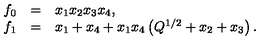
\begin{array} { l l l } { f _ { 0 } } & { = } & { x _ { 1 } x _ { 2 } x _ { 3 } x _ { 4 } , } \\ { f _ { 1 } } & { = } & { x _ { 1 } + x _ { 4 } + x _ { 1 } x _ { 4 } \left( Q ^ { 1 / 2 } + x _ { 2 } + x _ { 3 } \right) . } \\ \end{array}